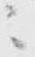
ニ